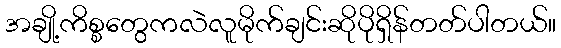
အချို့ကိစ္စတွေကလဲလူမိုက်ချင်းဆိုပိုရှိန်တတ်ပါတယ်။